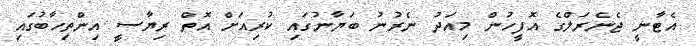
އެޓާނީ ޖެެނެރަލްގެ އޮފީހުން މިއަދު ނެރުނު ބަޔާނުގައި ކުރިއަށް އޮތް ރިޔާސީ އިންތިހާބުގައި